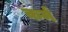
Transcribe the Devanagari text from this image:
कर्मं